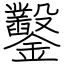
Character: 鑿